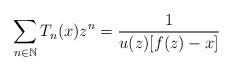
LaTeX: \begin{align*}\displaystyle\sum_{n\in\mathbb{N}}T_n(x)z^n=\frac{1}{u(z)[f(z)-x]}\end{align*}